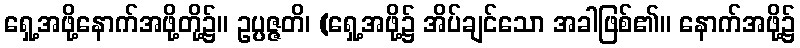
ရှေ့အဖို့နောက်အဖို့တို့၌။ ဥပ္ပဇ္ဇတိ၊ (ရှေ့အဖို့၌ အိပ်ချင်သော အခါဖြစ်၏။ နောက်အဖို့၌